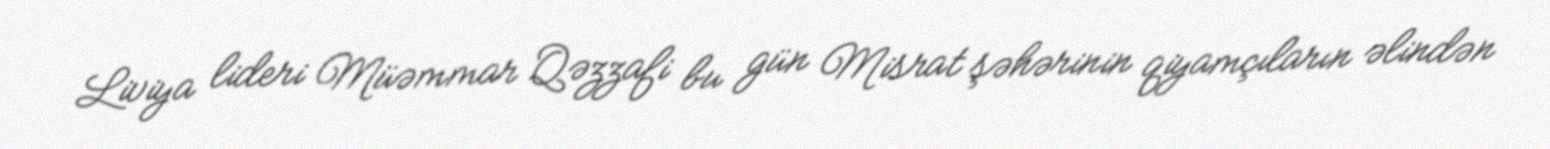
Liviya lideri Müəmmar Qəzzafi bu gün Misrat şəhərinin qiyamçıların əlindən